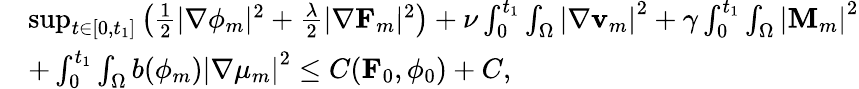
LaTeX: \begin{array}{rl}&{\operatorname*{sup}_{t\in[0,t_{1}]}\left(\frac{1}{2}|\nabla\phi_{m}|^{2}+\frac{\lambda}{2}|\nabla\mathbf{F}_{m}|^{2}\right)+\nu\int_{0}^{t_{1}}\int_{\Omega}\left|\nabla\mathbf{v}_{m}\right|^{2}+\gamma\int_{0}^{t_{1}}\int_{\Omega}\left|\mathbf{M}_{m}\right|^{2}}\\ &{+\int_{0}^{t_{1}}\int_{\Omega}b(\phi_{m})\left|\nabla\mu_{m}\right|^{2}\leq C(\mathbf{F}_{0},\phi_{0})+C,}\end{array}